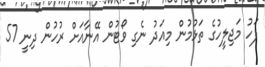
ފަހު މަޖިލީހުގެ ތަޅުމުން މިއަދު ނެގި ވޯޓުން އޭނާއަށް ރުހުން ދިނީ 57